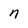
Character: n